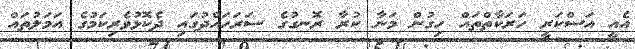
އެއީ އަސްކަރީ ހަރަކާތްތައް ހިގުން މަނާ ކުރާ ރޮނގުގެ ސަރަހައްދުގައި ދެކޮޅުވެރިކަމުގެ އަމަލުތައް